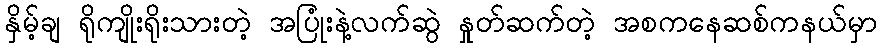
နှိမ့်ချ ရိုကျိုးရိုးသားတဲ့ အပြုံးနဲ့လက်ဆွဲ နှုတ်ဆက်တဲ့ အစကနေဆစ်ကနယ်မှာ